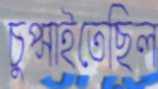
চুপ্‌সাইতেছিল